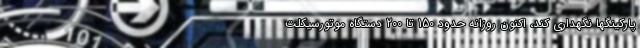
پارکینگها نگهداری کند، اکنون روزانه حدود 150 تا 200 دستگاه موتورسیکلت